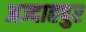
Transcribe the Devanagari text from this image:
अज्दाहपुर